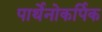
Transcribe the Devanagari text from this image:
पार्थेनोकर्पिक